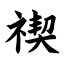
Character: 禊